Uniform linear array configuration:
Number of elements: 32
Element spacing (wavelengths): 1
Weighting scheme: hamming
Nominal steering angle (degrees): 15
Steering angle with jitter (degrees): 13.947
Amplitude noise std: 0.05
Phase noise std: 0.05

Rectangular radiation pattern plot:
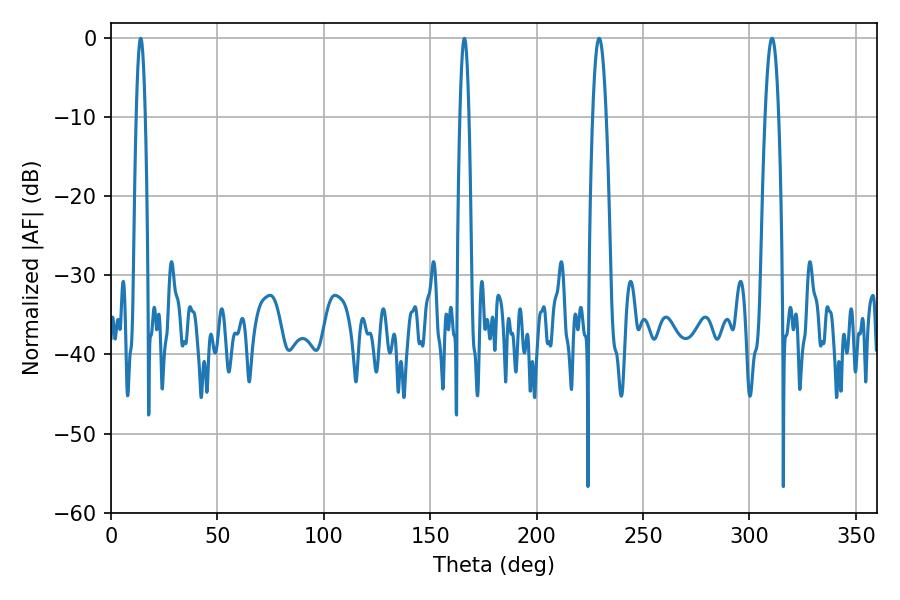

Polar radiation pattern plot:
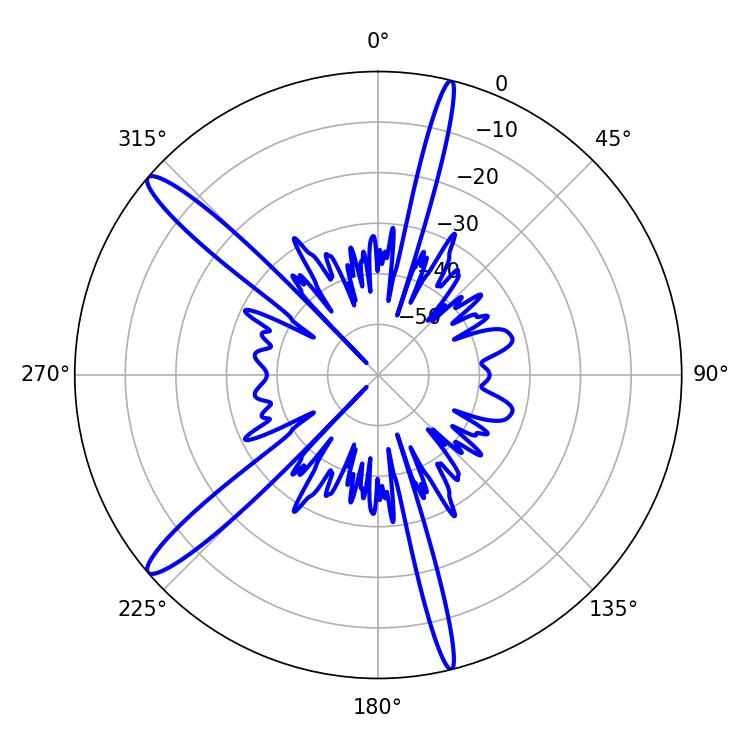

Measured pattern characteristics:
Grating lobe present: TRUE
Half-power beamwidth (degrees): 3.42
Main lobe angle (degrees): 229.32